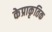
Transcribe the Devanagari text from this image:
केप्राकृतिक